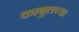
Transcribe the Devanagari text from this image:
काबुलच्या